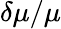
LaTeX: \delta\mu/\mu